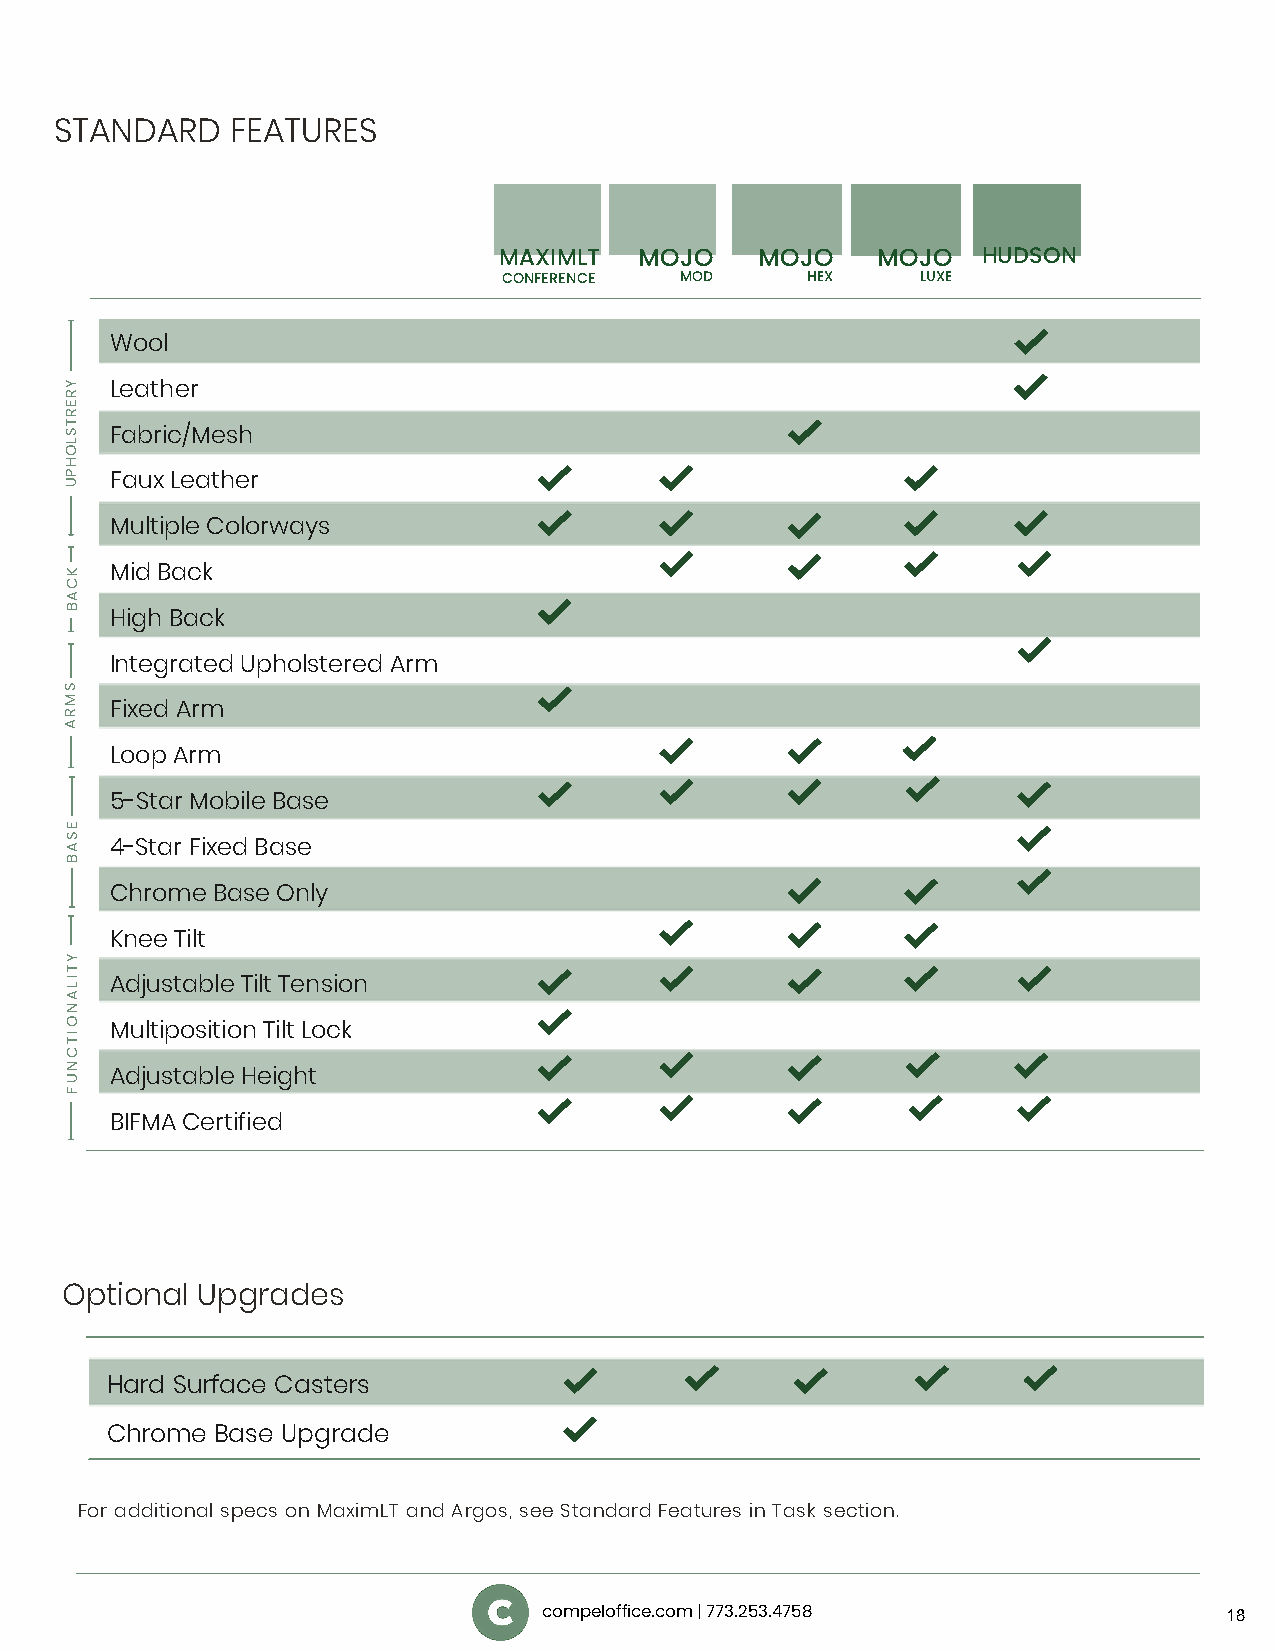
STANDARD   FEATURES
 MAXIMLT  MOJO    MOJO    MOJO   HUDSON
 CONFERENCE  MOD     HEX     LUXE
 Wool
 Leather
 Fabric/Mesh
 Faux Leather
 Multiple Colorways
 Mid Back
 High Back
 Integrated Upholstered Arm
 Fixed Arm
 Loop Arm
 5-Star Mobile Base
 4-Star Fixed Base
 Chrome Base Only
 Knee Tilt
 Adjustable Tilt Tension
 Multiposition Tilt Lock
 Adjustable Height
 BIFMA Certified
 Optional Upgrades
 Hard Surface Casters
 Chrome Base Upgrade
 For additional specs on MaximLT and Argos, see Standard Features in Task section.
 compeloffice.com | 773.253.4758              18
 YRERTSLOHPU
 KCAB
 SMRA
 ESAB
 YTILANOITCNUF